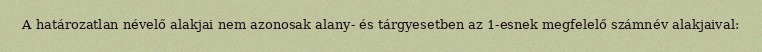
A határozatlan névelő alakjai nem azonosak alany- és tárgyesetben az 1-esnek megfelelő számnév alakjaival: